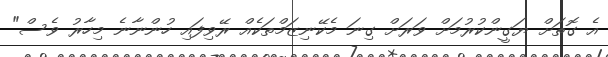
އެ ގޮތަށް ޔަގީންކުރުމަށް ވަރަށް ގިނަ މެކޭނިޒަމްތަކެއް ރޭވިފައި ހުންނާނެ މިހާރު ވެސް"